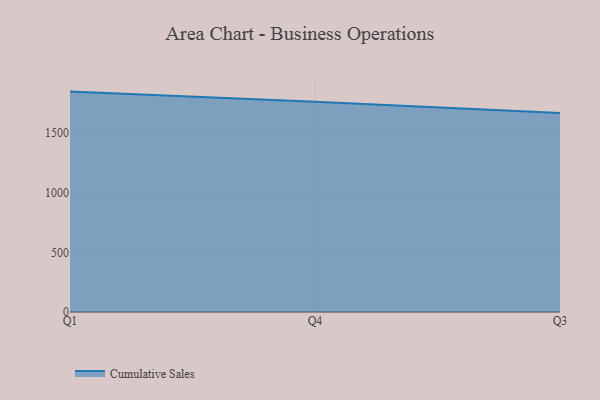
{"axis": {"x": "Quarter", "y": "Headcount"}, "legend": ["Cumulative Sales"], "data": [{"x": "Q1", "y": 1847.1, "type": "Cumulative Sales"}, {"x": "Q4", "y": 1762.8, "type": "Cumulative Sales"}, {"x": "Q3", "y": 1668.0, "type": "Cumulative Sales"}]}